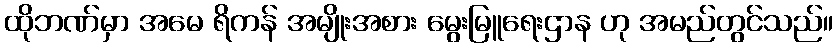
ထိုဘဏ်မှာ အမေ ရိကန် အမျိုးအစား မွေးမြူရေးဌာန ဟု အမည်တွင်သည်။